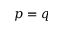
p = q